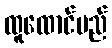
ထူထောင်မည်